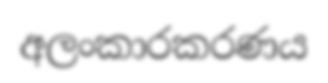
අලංකාරකරණය